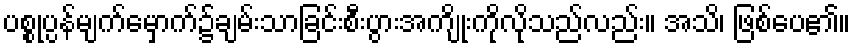
ပစ္စုပ္ပန်မျက်မှောက်၌ချမ်းသာခြင်းစီးပွားအကျိုးကိုလိုသည်လည်း။ အသိ၊ ဖြစ်ပေ၏။